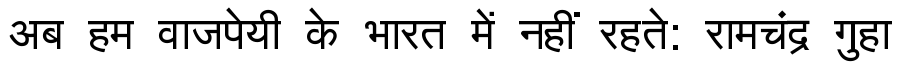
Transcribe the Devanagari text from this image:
अब हम वाजपेयी के भारत में नहीं रहते: रामचंद्र गुहा